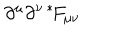
LaTeX: \partial ^ { \mu } \partial ^ { \nu \: * \! } F _ { \mu \nu }